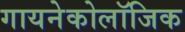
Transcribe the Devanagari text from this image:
गायनेकोलॉजिक